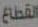
القطاع